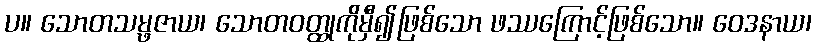
ပ။ သောတသမ္ဖဇာယ၊ သောတဝတ္ထုကိုမှီ၍ဖြစ်သော ဖဿကြောင့်ဖြစ်သော။ ဝေဒနာယ၊